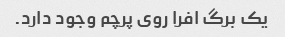
یک برگ افرا روی پرچم وجود دارد.